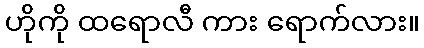
ဟိုကို ထရောလီ ကား ရောက်လား။